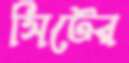
সিটের